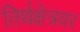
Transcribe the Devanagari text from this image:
तिर्थक्षेत्रवर